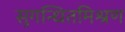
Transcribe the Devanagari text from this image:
सुगन्धितमिश्रण